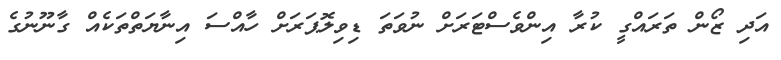
އަދި ޒޯން ތަރައްގީ ކުރާ އިންވެސްޓަރަށް ނުވަތަ ޑިވިލޮޕަރަށް ހާއްސަ އިނާޔަތްތަކެއް ގާނޫނުގެ